Scottish Leaving Certificate Examination, 1959
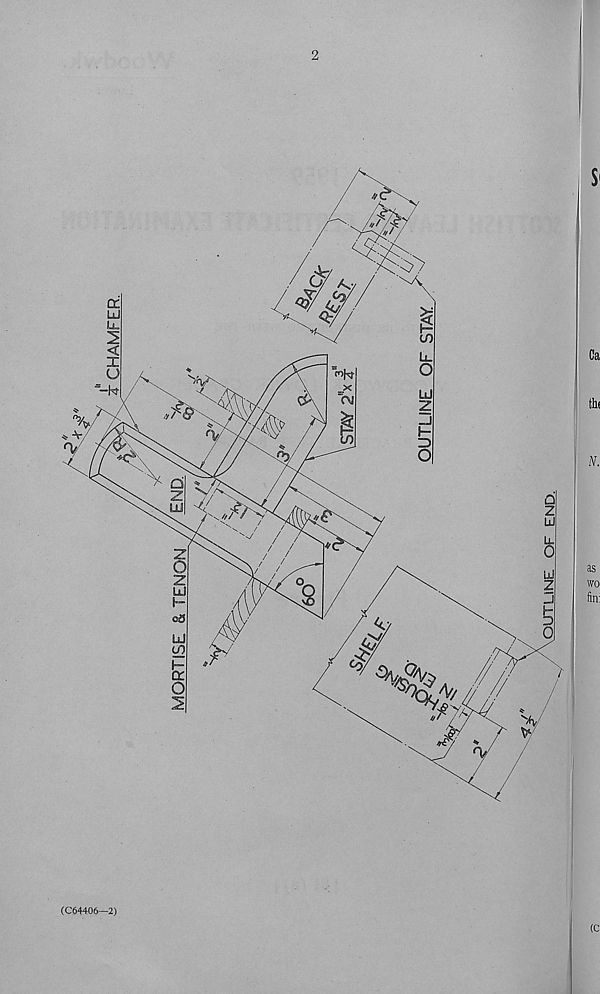
T CHAMFER.
(C$4406—2)
(C
OUTLINE OF END.